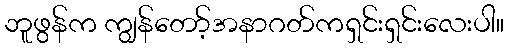
ဘူဖွန်က ကျွန်တော့်အနာဂတ်ကရှင်းရှင်းလေးပါ။